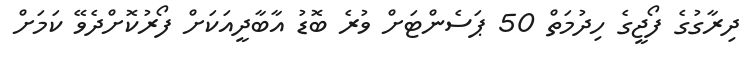
ދިރާގުގެ ފޯޖީގެ ހިދުމަތް 50 ޕަސެންޓަށް ވުރެ ބޮޑު އާބާދީއަކަށް ފޯރުކޮށްދެވޭ ކަމަށް